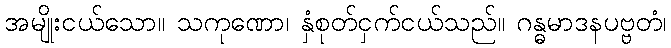
အမျိုးငယ်သော။ သကုဏော၊ နှံစုတ်ငှက်ငယ်သည်။ ဂန္ဓမာဒနပဗ္ဗတံ၊